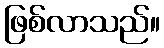
ဖြစ်လာသည်။